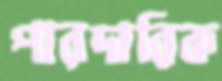
পারদারিক